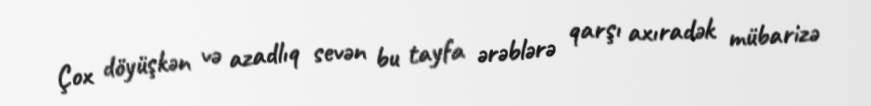
Çox döyüşkən və azadlıq sevən bu tayfa ərəblərə qarşı axıradək mübarizə